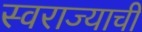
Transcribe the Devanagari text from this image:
स्‍वराज्याची